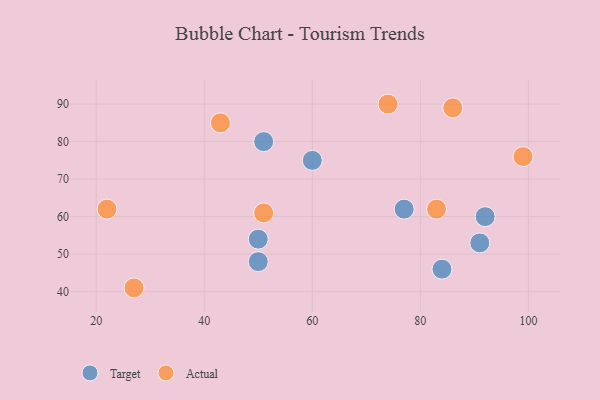
{"axis": {"x": "GDP", "y": "Life Expectancy"}, "legend": ["Actual", "Target"], "data": [{"x": "84", "y": 46, "type": "Target"}, {"x": "50", "y": 54, "type": "Target"}, {"x": "91", "y": 53, "type": "Target"}, {"x": "50", "y": 48, "type": "Target"}, {"x": "51", "y": 80, "type": "Target"}, {"x": "77", "y": 62, "type": "Target"}, {"x": "60", "y": 75, "type": "Target"}, {"x": "92", "y": 60, "type": "Target"}, {"x": "86", "y": 89, "type": "Actual"}, {"x": "27", "y": 41, "type": "Actual"}, {"x": "51", "y": 61, "type": "Actual"}, {"x": "74", "y": 90, "type": "Actual"}, {"x": "43", "y": 85, "type": "Actual"}, {"x": "22", "y": 62, "type": "Actual"}, {"x": "83", "y": 62, "type": "Actual"}, {"x": "99", "y": 76, "type": "Actual"}]}